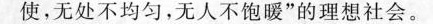
使，无处不均匀，无人不饱暖”的理想社会。